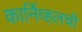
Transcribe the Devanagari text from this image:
कार्निव्हलची